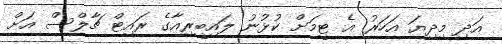
އަދި މިދިޔަ އަހަރު އެ ޓީމަށް ކުޅުނު ލައިބީރިއާގެ ރައިޓް ޗާލްސް އަށް